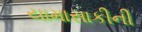
યામાસાકીની